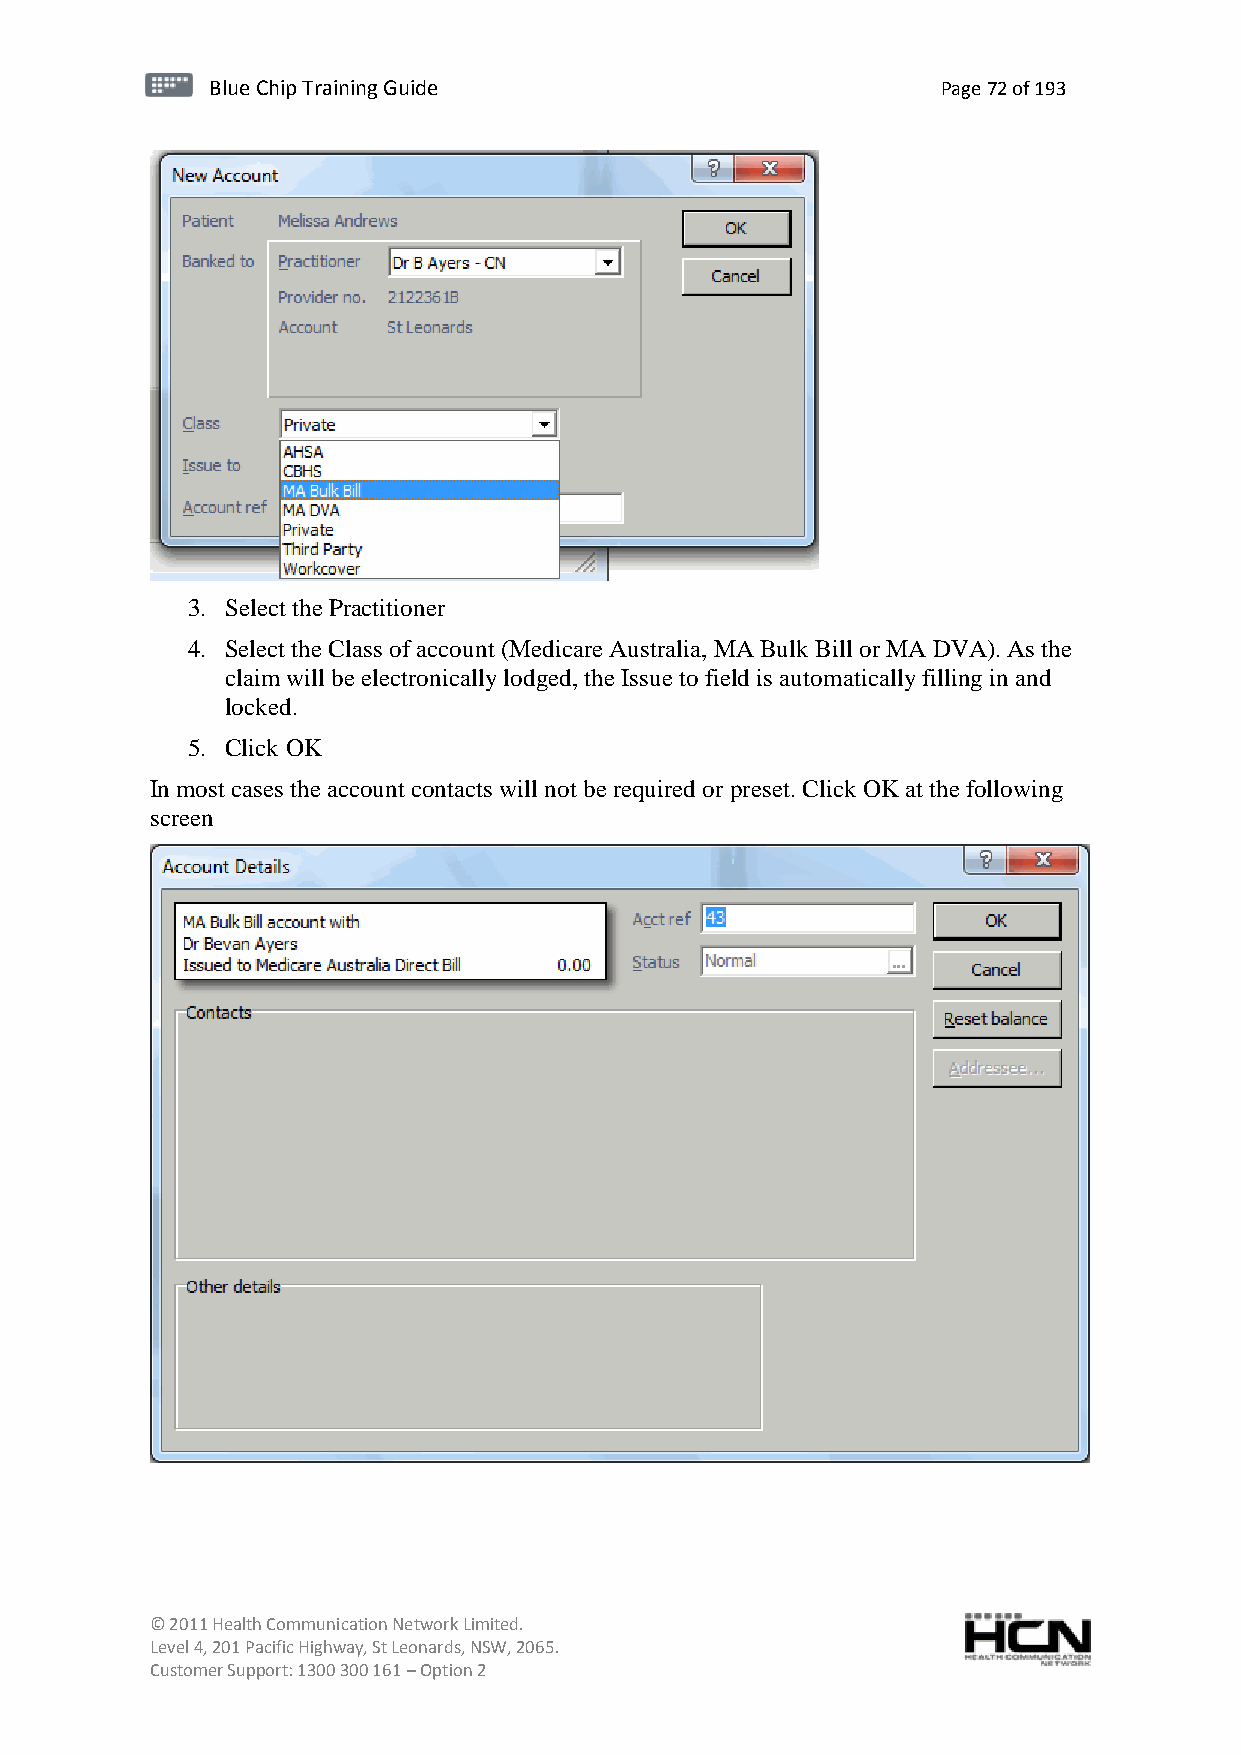
BBlluuee C Chihpi pTr Tairnainingi Gnugi dGeu ide Page 72 of 193
 3. Select the Practitioner
 4. Select the Class of account (Medicare Australia, MA Bulk Bill or MA DVA). As the
 claim will be electronically lodged, the Issue to field is automatically filling in and
 locked.
 5. Click OK
 In most cases the account contacts will not be required or preset. Click OK at the following
 screen
 © 2011 Health Communication Network Limited.
 Level 4, 201 Pacific Highway, St Leonards, NSW, 2065.
 Customer Support: 1300 300 161 – Option 2